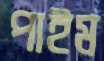
পাইম